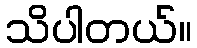
သိပါတယ်။